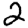
Digit: 2